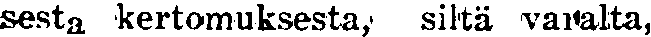
sesta kertomuksesta, siltä varalta,